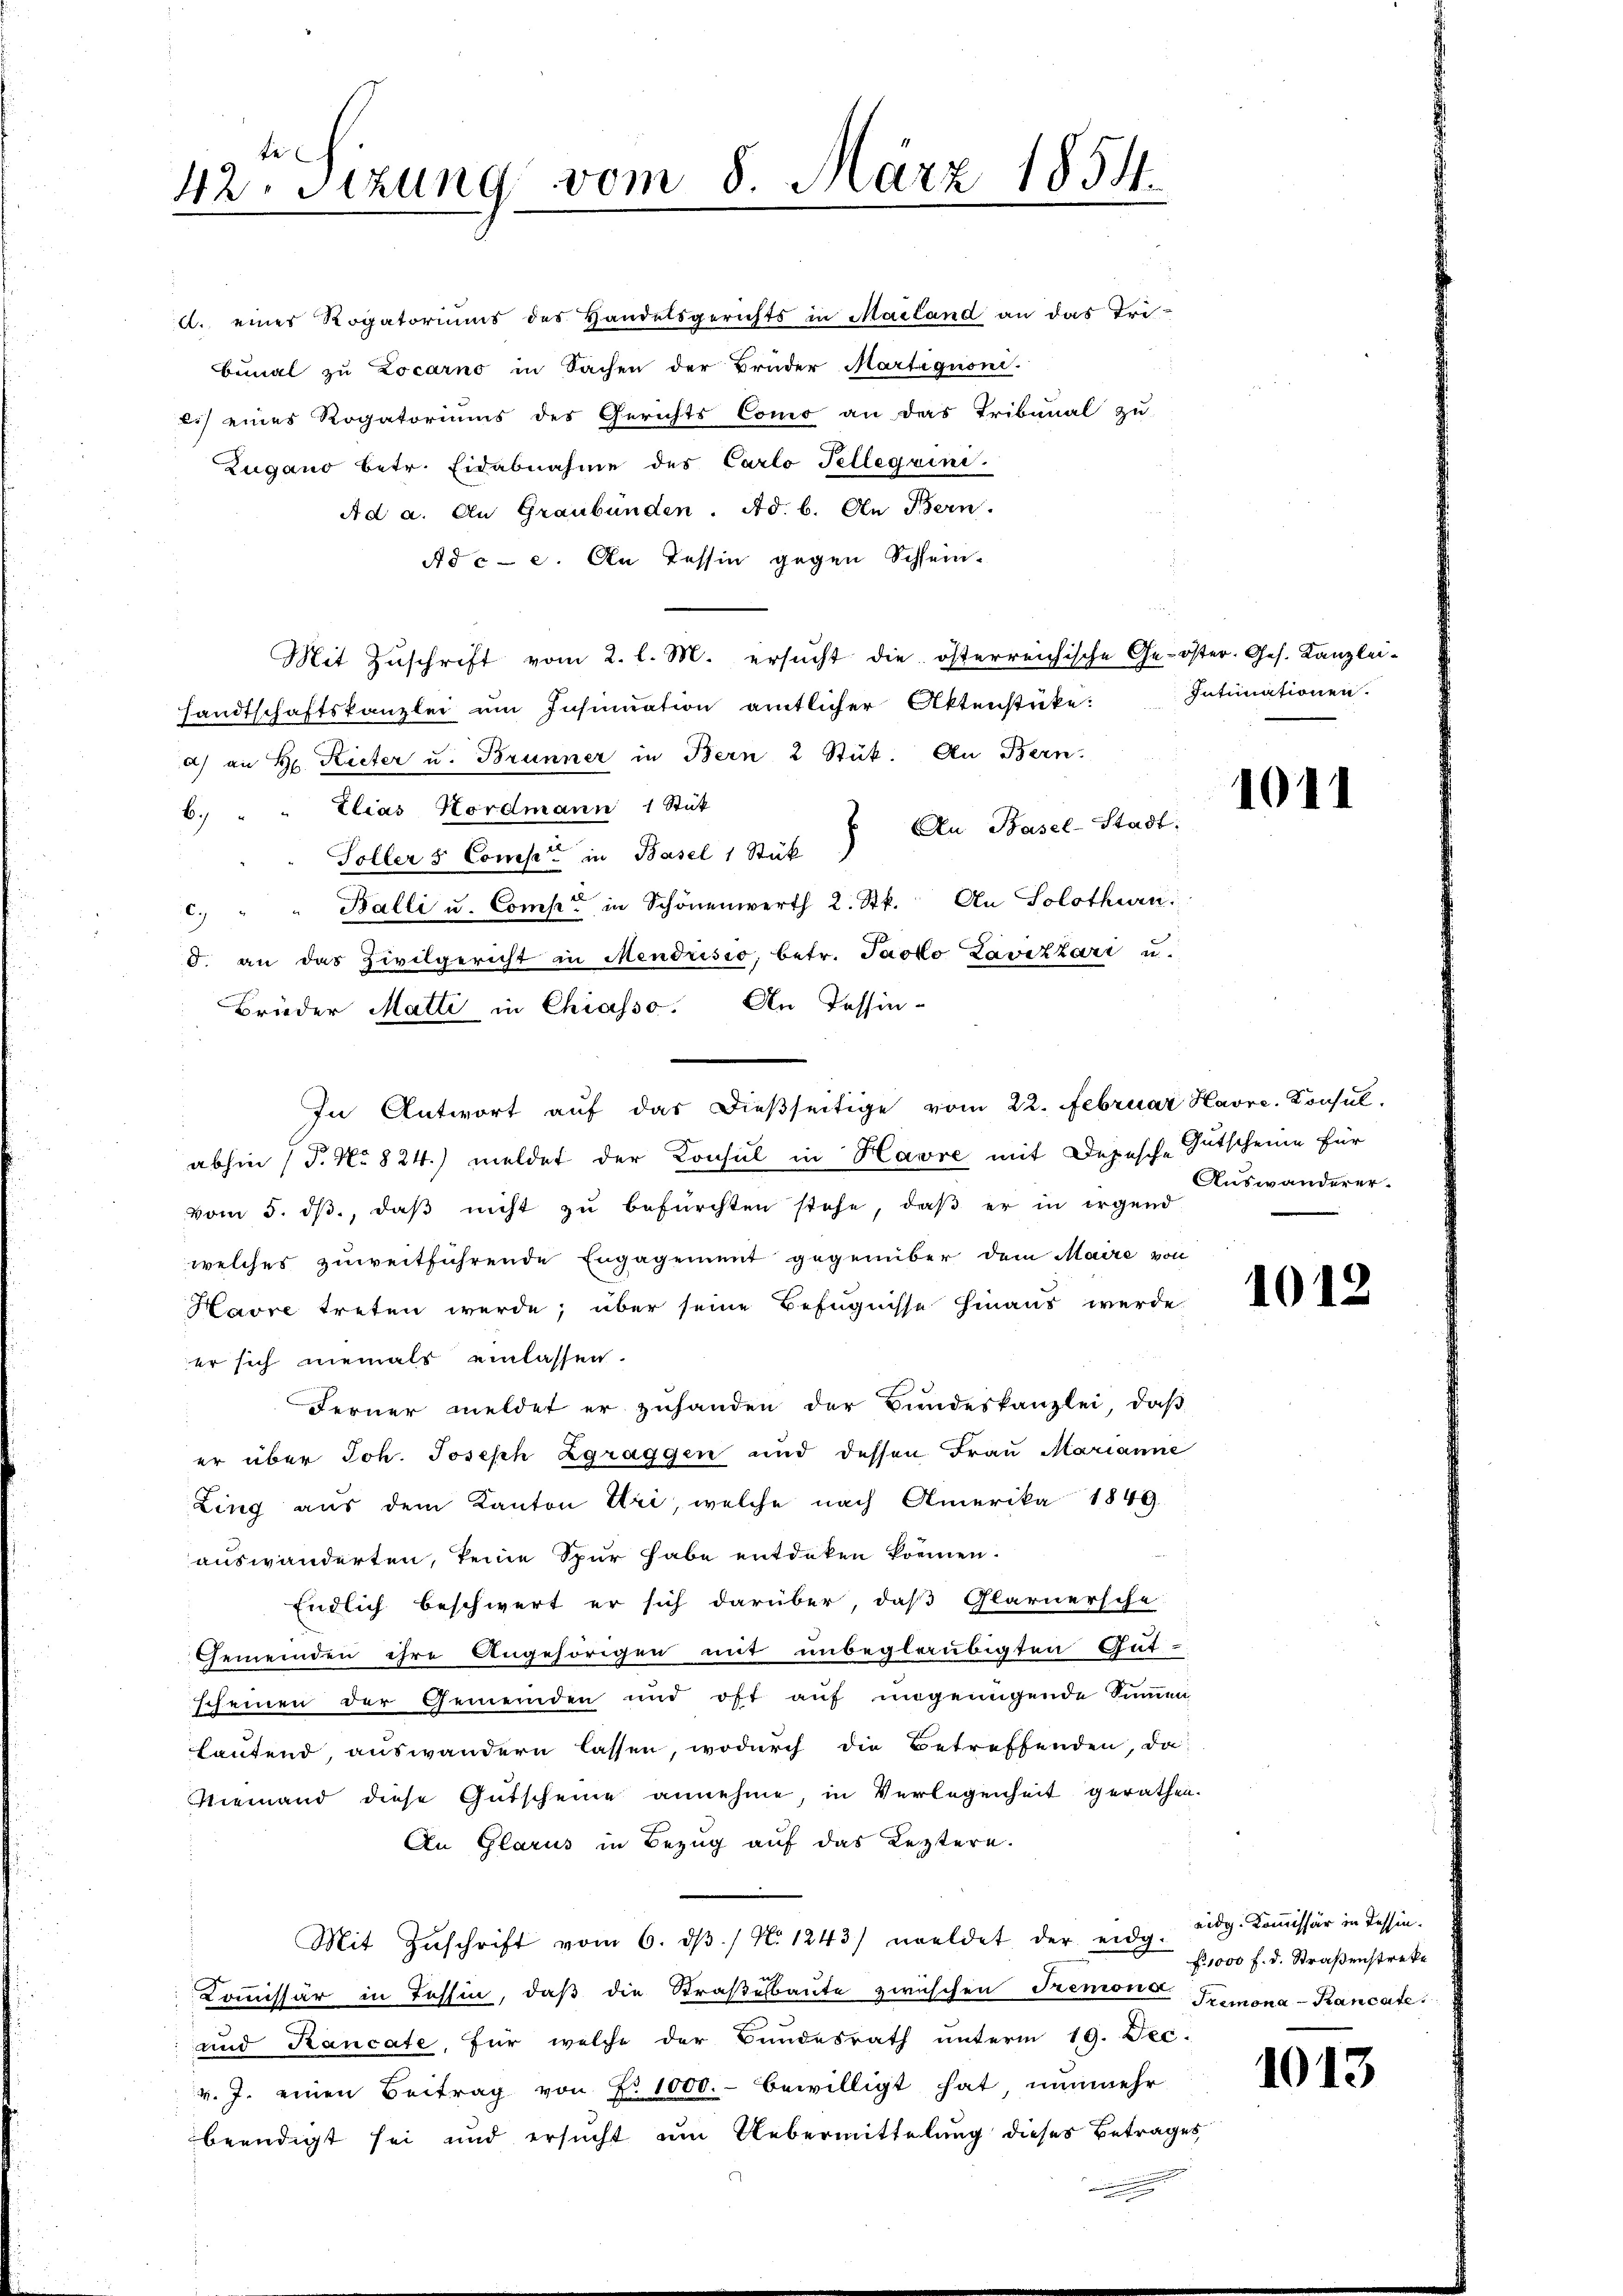
42te Sizung vom 8. März 1854.

Zugano betr. Eidabnahme des Carlo Tellegvini.
Ad a. An Graubünden. Ad. b. An Bern.
Ad c 2. An Tessin gegen Schlein-
Mit Zuschrift vom 2. l. M. ersucht die österreichische Ge-öster-Ges. Kanzlei-
sandtschaftskanzlei um Insinuation amtlicher Aktenstücke:
a) an H. Rieter u. Brunner in Bern 2 Stück. An Bern.
Zlias Nordmann 1 Stük
6.)
 An Basel-Stadt.
Toller & Comp. in Basel 1 Stük
c. " " Balli u. Comp. in Schönenwerth 2. Stk. An Solothurn
d. an das Zivilgericht in Mendrisio, betr. Jacko Lavizzari u.
Brüder Matti in Chiasso. An Tessin-
abhin (T. No 824.) meldet der Konsul in Havre mit Depesche Gutscheine für
vom 5. dβ, daβ nicht zu befürchten stehe, daβ er in irgend
welches zuweitführende Engagement gegenüber dem Maire von
Havre treten werde; über seine Befugnisse hinaus werde
er sich niemals einlassen.
Ferner meldet er zuhanden der Bundeskanzlei, daß
er über Joh. Joseph Zgraggen und dessen Frau Marianne
Ling aus dem Kanton Uri, welche nach Amerika 1849
auswanderten, keine Spur habe entdeken können.
Endlich beschwert er sich darüber, daß Glarnersche-
Gemeinden ihre Angehörigen mit unbeglaubigten Gut-
scheinen der Gemeinden und oft auf ungenügende Summen-
hautend, auswandern lassen, wodurch die Betreffenden, da
Niemand diese Gütscheine annehme, in Verlegenheit gerathen.
An Glarus in Bezug auf das Leztern.
Mit Zŭschrift vom 6. dβ. / No 1243) weldet der eidg. Eidg. Kommissär in Tessin-
Kommissär in Tessin, daß die Straßenbaute zwischen Tremons Tremona-Kancate
und Kancate, für welche der Bundesrath unterm 19. Dec.
v. J. einen Beitrag von No 1000.- bewilligt hat nunmehr
beendigt sei und ersucht um Uebermittelung dieses Betrage

A. eines Rogatoriums des Handelsgerichts in Mailand an das Tri-
bunal zu Locarno in Sachen der Brüder Martiguoni.
.) eines Rogatoriums des Gerichts Como an das Tribunal zu

In Antwort auf das dießseitige vom 22. Februar Havre, Konsul

Intimationen.

1011

Auswanderer-

1012

f. 1000 f. d. Straßenstreke

1013